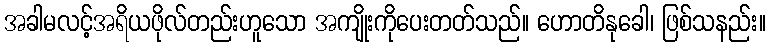
အခါမလင့်အရိယဖိုလ်တည်းဟူသော အကျိုးကိုပေးတတ်သည်။ ဟောတိနုခေါ၊ ဖြစ်သနည်း။